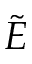
\tilde { E }